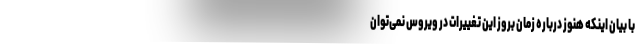
با بیان اینکه هنوز درباره زمان بروز این تغییرات در ویروس نمی‌توان